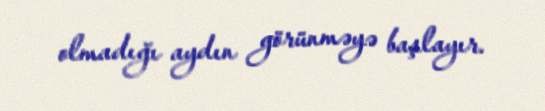
olmadığı aydın görünməyə başlayır.